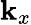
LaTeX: \mathbf{k}_{x}